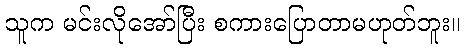
သူက မင်းလိုအော်ပြီး စကားပြောတာမဟုတ်ဘူး။